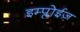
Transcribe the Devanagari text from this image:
इम्प्लोईज़